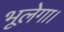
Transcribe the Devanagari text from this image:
भूलेगा।